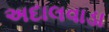
અદાલવાડા